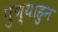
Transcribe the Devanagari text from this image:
पुण्याहुन